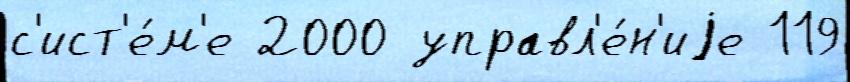
с'ист'е́м'е 2000 управл'е́н'иjе 119